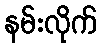
နမ်းလိုက်